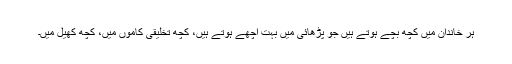
ہر خاندان میں کچھ بچے ہوتے ہیں جو پڑھائی میں بہت اچھے ہوتے ہیں، کچھ تخلیقی کاموں میں، کچھ کھیل میں۔